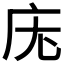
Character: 𭙓